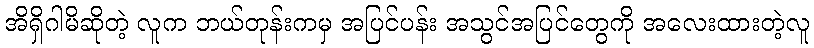
အိရှိဂါမိဆိုတဲ့ လူက ဘယ်တုန်းကမှ အပြင်ပန်း အသွင်အပြင်တွေကို အလေးထားတဲ့လူ